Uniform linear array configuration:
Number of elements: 8
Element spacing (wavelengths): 0.25
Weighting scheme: hamming
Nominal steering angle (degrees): -45
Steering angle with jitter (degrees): -46.836
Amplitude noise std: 0.05
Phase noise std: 0.05

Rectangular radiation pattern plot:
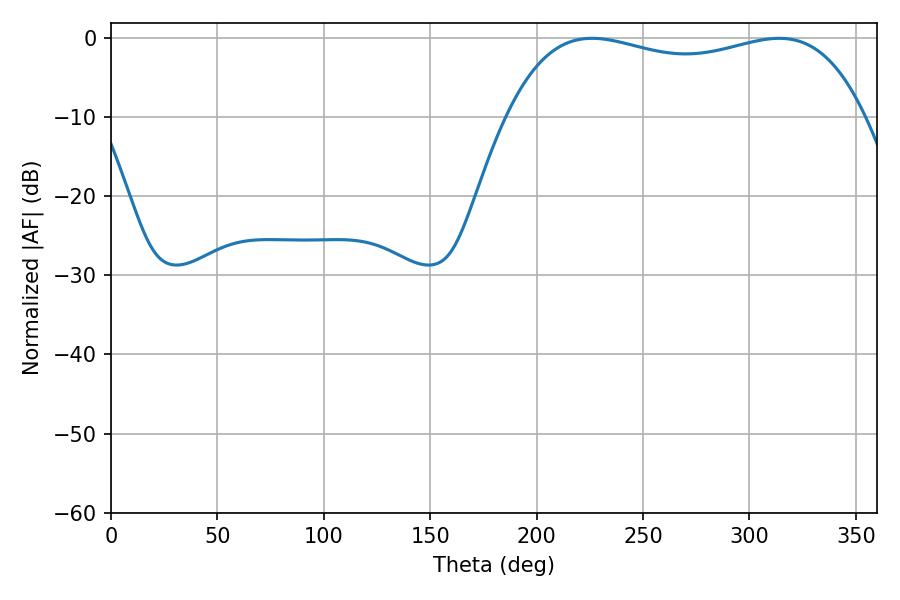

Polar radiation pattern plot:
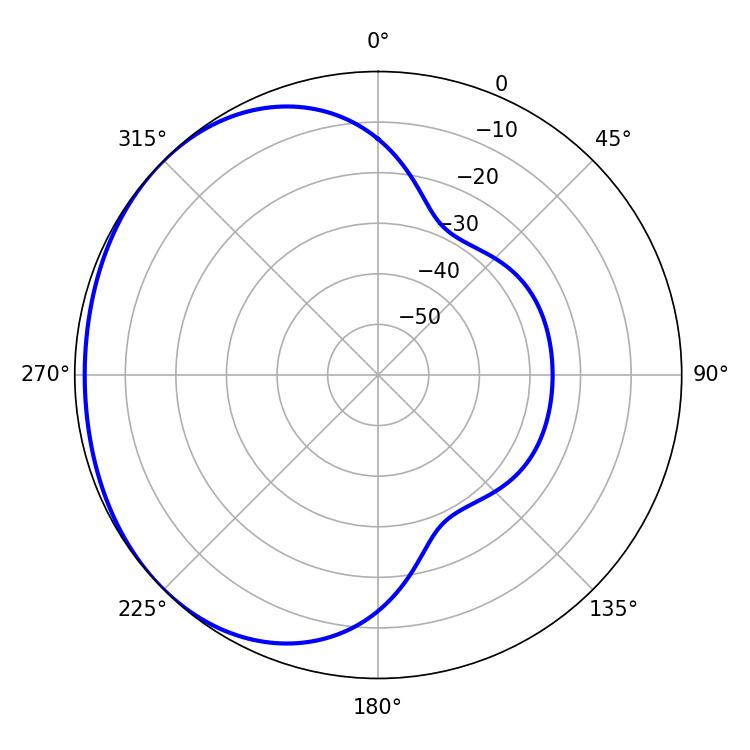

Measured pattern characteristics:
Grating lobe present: FALSE
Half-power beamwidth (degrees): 136.44
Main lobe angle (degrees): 226.08